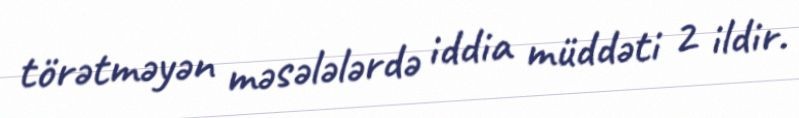
törətməyən məsələlərdə iddia müddəti 2 ildir.